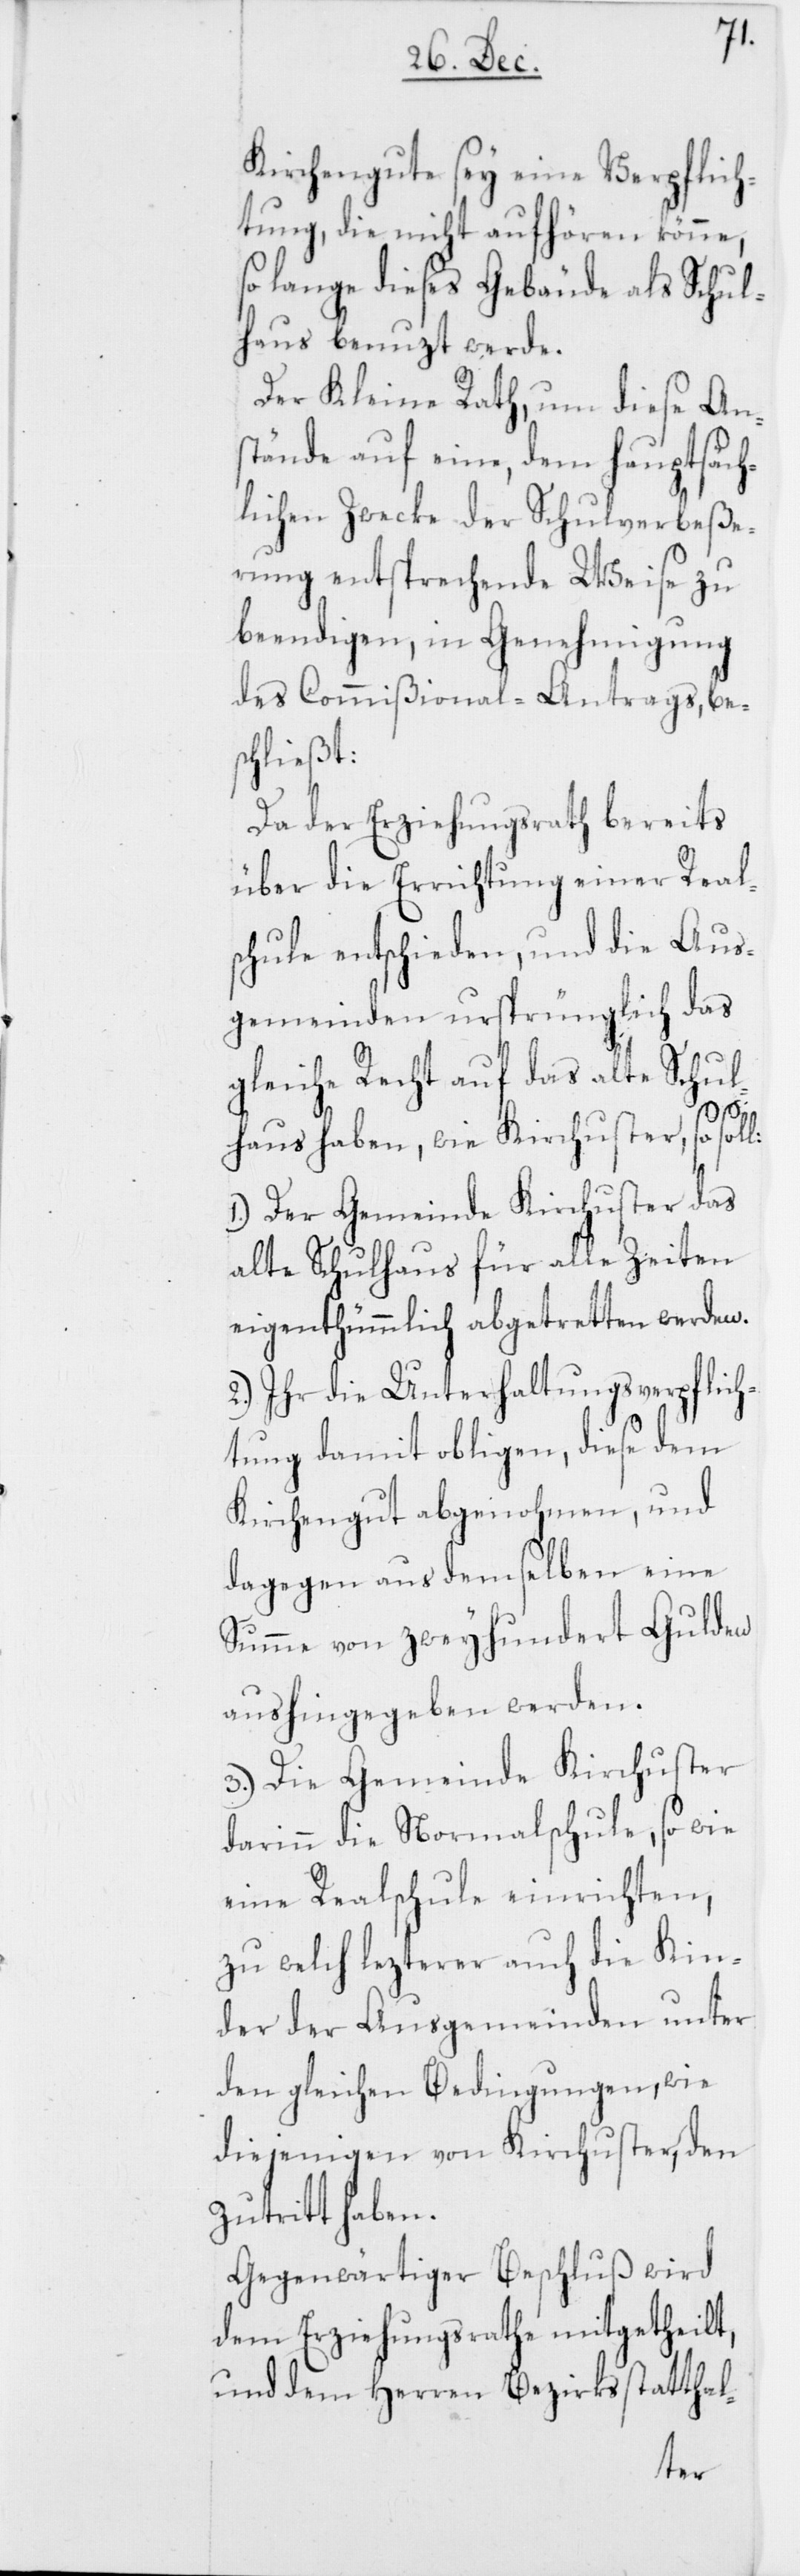
l:
Kirchengute sey eine Verpflich¬
tung, die nicht aufhören könne,
so lange dieses Gebäude als Schul¬
haus benuzt werde.
Der Kleine Rath, um diese An¬
stände auf eine, dem hauptsäch¬
lichen Zwecke der Schulverbeße¬
rung entsprechende Weise zu
beendigen, in Genehmigung
des Commißional-Antrags, be¬
schließt:
Da der Erzieghungsrath bereits
über die Errichtung einer Real¬
schule entschieden, und die Aus¬
gemeinden ursprünglich das
gleiche Recht auf das alte Schul¬
haus haben wie Kirchuster, so sol¬
1. Der Gemeinde Kirchuster das
alte Schulhaus für alle Zeiten
eigenthümmlich abgetretten werden.
2. Ihr die Unterhaltungsverpflich¬
tung damit obligen, diese dem
Kirchengut abgenohmen, und
dagegen aus demselben eine
Summe von zweyhundert Gulden
aushingegeben werden.
3. Die Gemeinde Kirchuster
darinn die Normalschule, so wie
eine Realschule einrichten,
zu welch lezterer auch die Kin¬
der der Ausgemeinden unter
den gleichen Bedingungen, wie
diejenigen von Kirchuster, den
Zutritt haben.
Gegenwärtiger Beschluß wird
dem Erziehungsrathe mitgetheilt,
und dem Herren Bezirksstatthal-